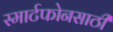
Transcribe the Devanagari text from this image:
स्मार्टफोनसाठी